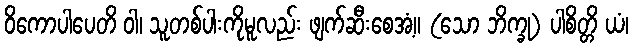
ဝိကောပါပေတိ ဝါ၊ သူတစ်ပါးကိုမူလည်း ဖျက်ဆီးစေအံ့။ (သော ဘိက္ခု) ပါစိတ္တိ ယံ၊